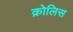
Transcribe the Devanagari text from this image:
क्रोलिस